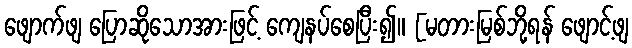
ဖျောက်ဖျ ပြောဆိုသောအားဖြင့် ကျေနပ်စေပြီး၍။ [မတားမြစ်ဘို့ရန် ဖျောင့်ဖျ